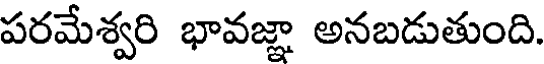
పరమేశ్వరి భావజ్ఞా అనబడుతుంది.